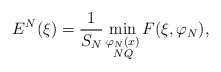
\begin{align*}E_{}^N(\xi) &= \frac{1}{S_N} \min_{\substack{\varphi_N(x) \\ NQ}} F(\xi, \varphi_N),\end{align*}